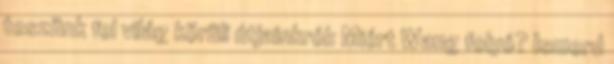
teszünk fel világ körüli útjainkról: Miért Wang folyó? Ismerd